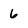
Character: 6